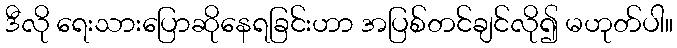
ဒီလို ရေးသားပြောဆိုနေရခြင်းဟာ အပြစ်တင်ချင်လို၍ မဟုတ်ပါ။